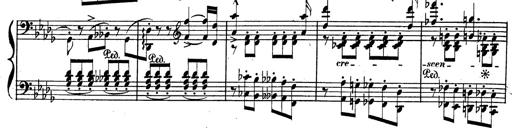
Title: BÃ©nÃ©diction et serment
Composer: Franz Liszt